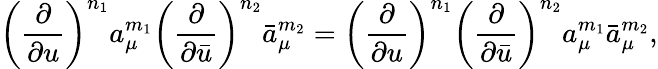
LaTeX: \left(\frac{\partial}{\partial u}\right)^{n_{1}}a_{\mu}^{m_{1}}\left(\frac{\partial}{\partial\bar{u}}\right)^{n_{2}}\bar{a}_{\mu}^{m_{2}}=\left(\frac{\partial}{\partial u}\right)^{n_{1}}\left(\frac{\partial}{\partial\bar{u}}\right)^{n_{2}}a_{\mu}^{m_{1}}\bar{a}_{\mu}^{m_{2}},